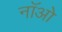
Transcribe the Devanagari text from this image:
नॉओ